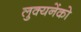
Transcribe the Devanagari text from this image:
लुक्यनेंको